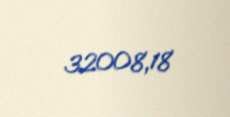
32008,18